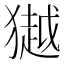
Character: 𭸩